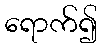
ရောက်၍